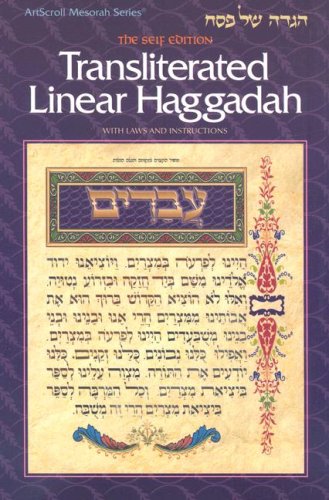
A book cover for Transliterated Linear Haggadah: With Laws and Instructions (Artscroll Mesorah); Religion & Spirituality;